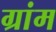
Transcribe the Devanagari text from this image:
ग्रांम